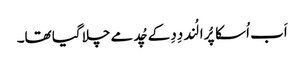
اَب اُسکا پُرا لُند دِدِ کے چُد مے چلا گیا تھا۔